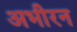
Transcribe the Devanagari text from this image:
अभीरन